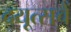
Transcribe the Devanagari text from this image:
दयूत्सचें